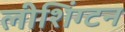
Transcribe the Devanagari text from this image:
लीशिंग्टन